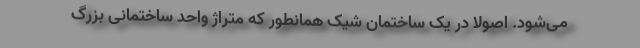
می‌شود. اصولاً در یک ساختمان شیک همانطور که متراژ واحد ساختمانی بزرگ